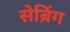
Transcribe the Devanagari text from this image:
सेब्रिंग